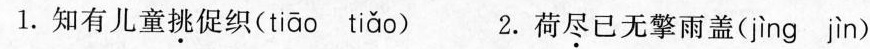
1.知有儿童挑促织( tiāo tiǎo ) 2.荷尽已无擎雨盖( jìng jìn )